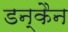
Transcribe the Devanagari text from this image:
डन्कैन